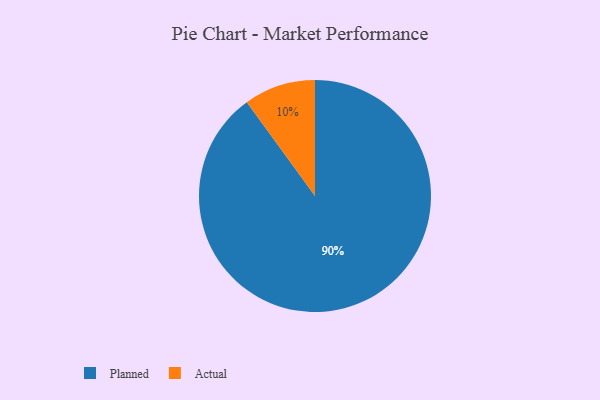
{"axis": {"x": "Category", "y": "Percentage"}, "legend": ["Actual", "Planned"], "data": [{"x": "Planned", "y": 90, "type": "Planned"}, {"x": "Actual", "y": 10, "type": "Actual"}]}